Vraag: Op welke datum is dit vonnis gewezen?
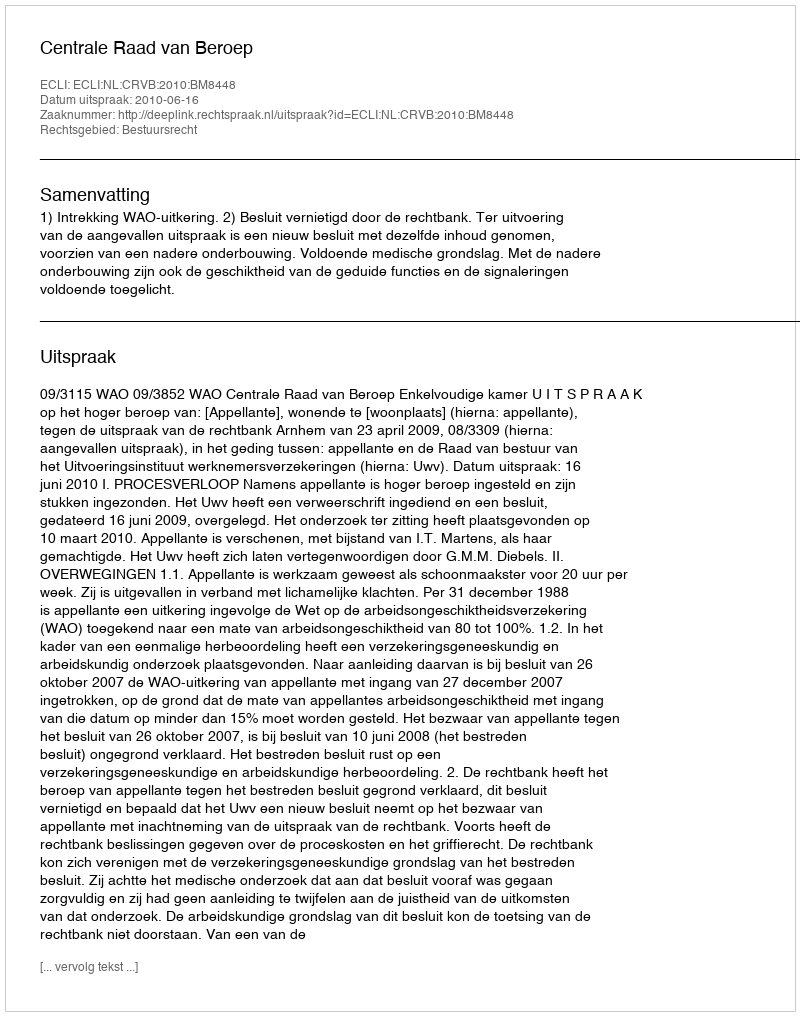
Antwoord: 2010-06-16